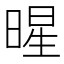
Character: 暒